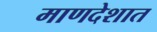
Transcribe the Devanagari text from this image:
माणदेशात